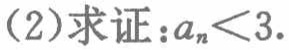
(2)求证：\(a_{n}<3\).